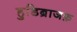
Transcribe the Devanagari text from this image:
हुडिब्राजफ़